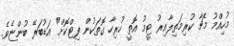
މުހިއްމު މެޗާ ކުރިމަތިލާއިރު ޓީމު އޮތީ ހުރިހާ ގޮތަކުން ފިޓްކޮށް" އަޑުބަރޭ ބުންޏެވެ.